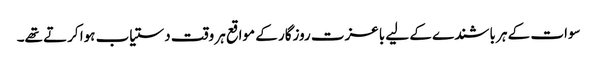
سوات کے ہر باشندے کے لیے باعزت روزگار کے مواقع ہر وقت دستیاب ہوا کرتے تھے۔